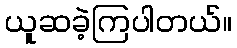
ယူဆခဲ့ကြပါတယ်။